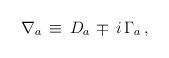
LaTeX: \begin{align*}\nabla_a \, \equiv \, D_a \, \mp \, i \, \Gamma_a \, ,\end{align*}